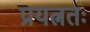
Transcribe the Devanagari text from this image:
प्रयत्नतः